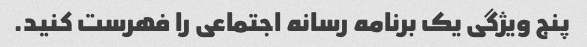
پنج ویژگی یک برنامه رسانه اجتماعی را فهرست کنید.